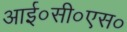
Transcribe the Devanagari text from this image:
आई०सी०एस०